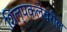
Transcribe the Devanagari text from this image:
शिल्पकलेवरील